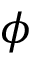
\phi